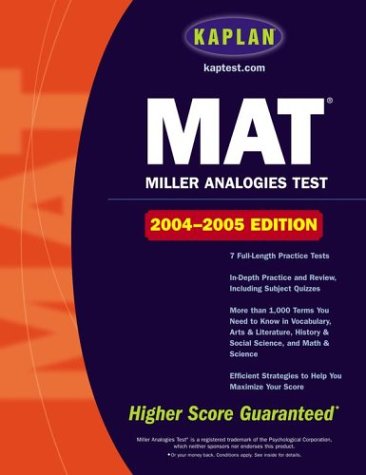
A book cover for Kaplan MAT: 2004-2005 Edition; Kaplan; Test Preparation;